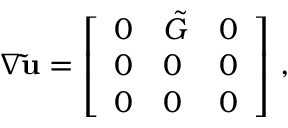
\nabla \mathbf { \tilde { u } } = \left[ \begin{array} { l l l } { 0 } & { \tilde { G } } & { 0 } \\ { 0 } & { 0 } & { 0 } \\ { 0 } & { 0 } & { 0 } \end{array} \right] \, ,